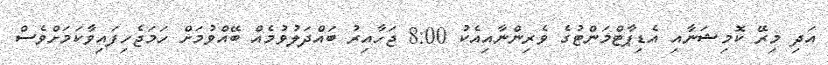
އަދި މިރޭ ކޮމިޝަނާއި އެޑިޕާޓްމަންޓުގެ ވެރިންނާއިއެކު 8:00 ޖަހާއިރު ބައްދަލުވުމެއް ބޭއްވުމަށް ހަމަޖެހިފައިވާކަމަށްވެސް